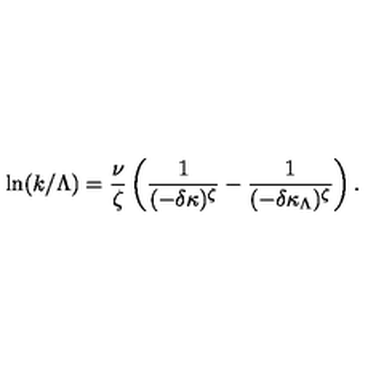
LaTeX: \ln ( k / \Lambda ) = \frac { \nu } { \zeta } \left( \frac { 1 } { ( - \delta \kappa ) ^ { \zeta } } - \frac { 1 } { ( - \delta \kappa _ { \Lambda } ) ^ { \zeta } } \right) .